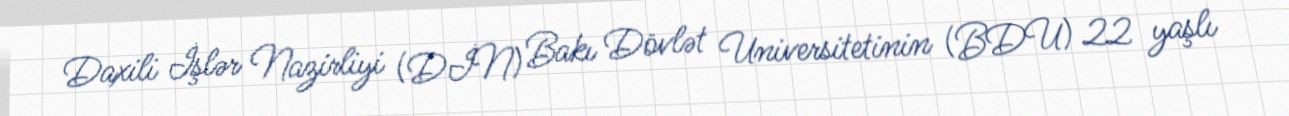
Daxili İşlər Nazirliyi (DİN) Bakı Dövlət Universitetinin (BDU) 22 yaşlı